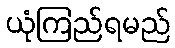
ယုံကြည်ရမည်